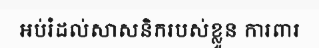
អប់រំដល់សាសនិករបស់ខ្លួន ការពារ